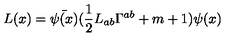
L ( x ) = \bar { \psi ( x ) } ( \frac { 1 } { 2 } L _ { a b } \Gamma ^ { a b } + m + 1 ) \psi ( x )